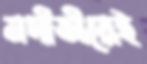
নদীতীরেই